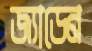
জ্যাডেন